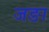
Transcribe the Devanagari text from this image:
जङा